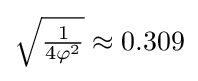
{\sqrt {\tfrac {1}{4\varphi ^{2}}}}\approx 0.309